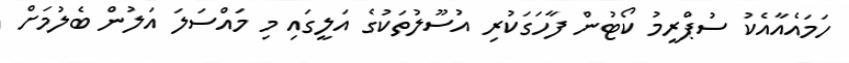
ހަމައެއާއެކު ސުޕްރީމު ކޯޓުން ފާހަގަކުރި އުސޫލުތަކުގެ އަލީގައި މި މައްސަލަ އަލުން ބެލުމަށް